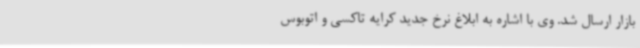
بازار ارسال شد. وی با اشاره به ابلاغ نرخ جدید کرایه تاکسی و اتوبوس